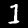
Digit: 1